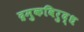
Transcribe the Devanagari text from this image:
द्रमुकविरुद्ध